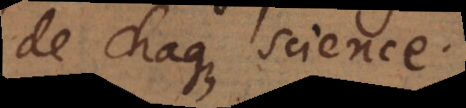
que chaque Science